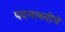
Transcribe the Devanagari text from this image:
पदमावतीचे